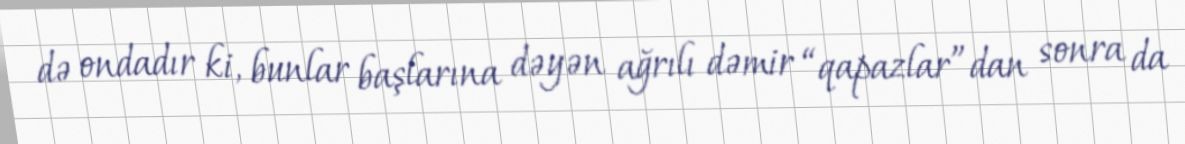
də ondadır ki, bunlar başlarına dəyən ağrılı dəmir “qapazlar”dan sonra da